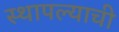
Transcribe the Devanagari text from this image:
स्थापल्याची